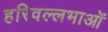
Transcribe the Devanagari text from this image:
हरिवल्लभाओं